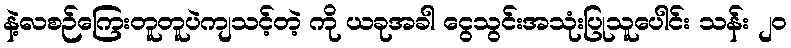
နဲ့လစဉ်ကြေးတူတူပဲကျသင့်တဲ့ ကို ယခုအခါ ငွေသွင်းအသုံးပြုသူပေါင်း သန်း ၂၀